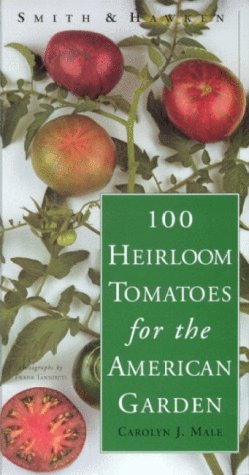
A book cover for Smith & Hawken: 100 Heirloom Tomatoes for the American Garden; Carolyn J. Male; Crafts, Hobbies & Home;